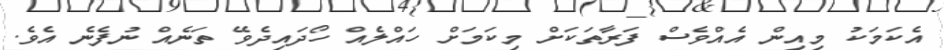
އެކަމަކު މިއިން އެއްވެސް ފަރާތަކަށް މިކަމަށް ހައްލެއް ހޯދައިދެވޭ ތަނެއް ނުފެނެ އެވެ.